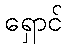
ရှောင်